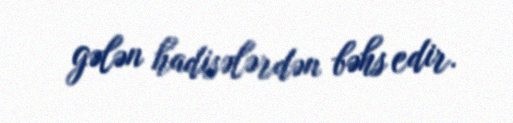
gələn hadisələrdən bəhs edir.